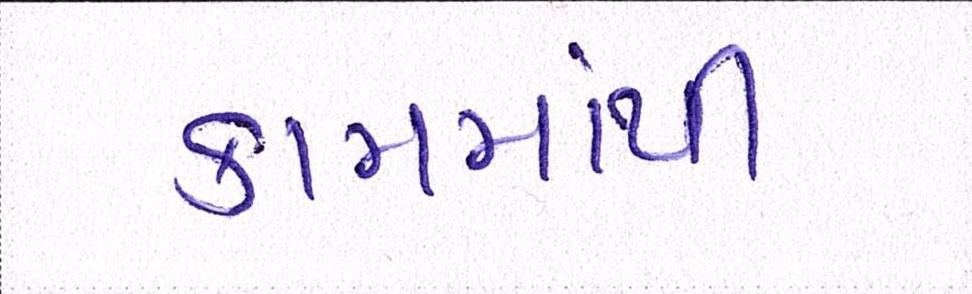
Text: કામમાંથી